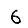
Digit: 6